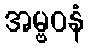
အမ္ဗဝနံ